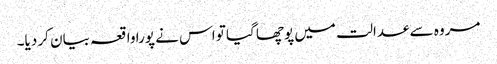
مروہ سے عدالت میں پوچھا گیا تو اس نے پورا واقعہ بیان کر دیا۔